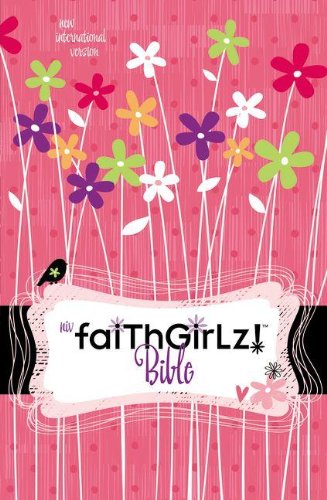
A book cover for NIV Faithgirlz! Bible, Revised Edition; Zondervan; Christian Books & Bibles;